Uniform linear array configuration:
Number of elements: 12
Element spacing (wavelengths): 0.25
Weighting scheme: binomial
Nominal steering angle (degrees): -60
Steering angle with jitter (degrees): -59.078
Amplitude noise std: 0.05
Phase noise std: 0.05

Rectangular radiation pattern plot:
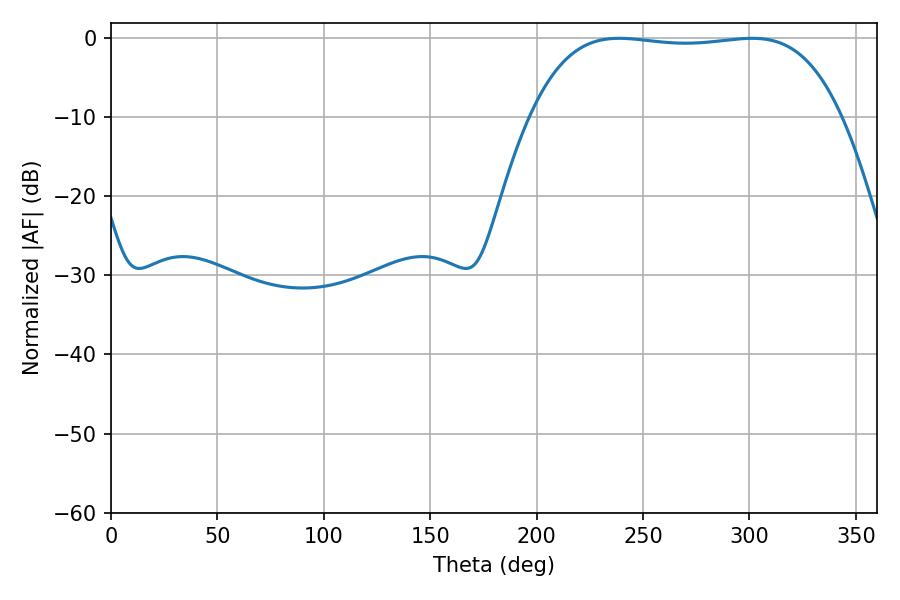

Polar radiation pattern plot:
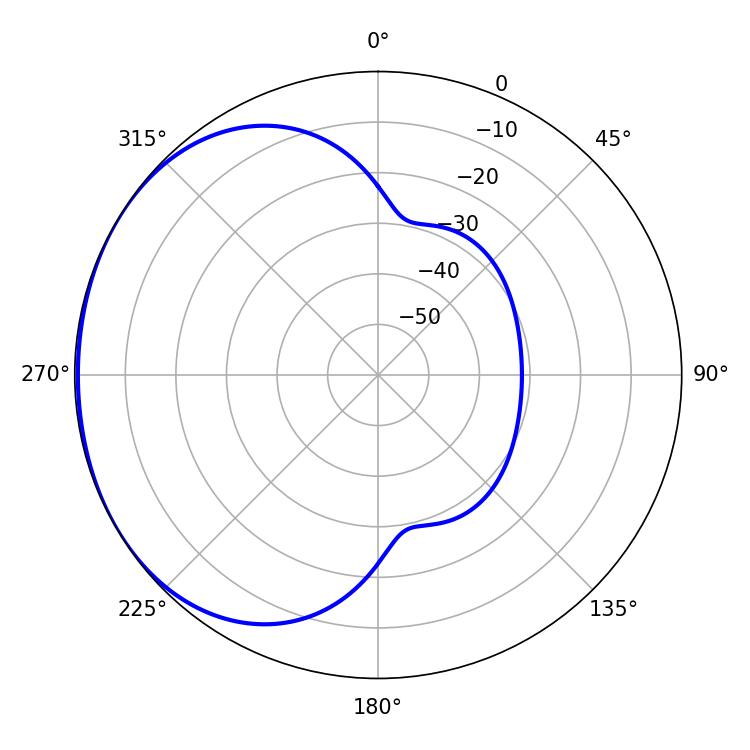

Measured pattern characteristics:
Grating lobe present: FALSE
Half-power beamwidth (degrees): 114.84
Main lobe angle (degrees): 238.68